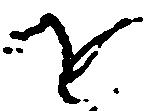
を